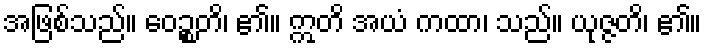
အဖြစ်သည်။ ဝေဉ္စတိ၊ ၏။ ဣတိ အယံ ကထာ၊ သည်။ ယုဇ္ဇတိ၊ ၏။